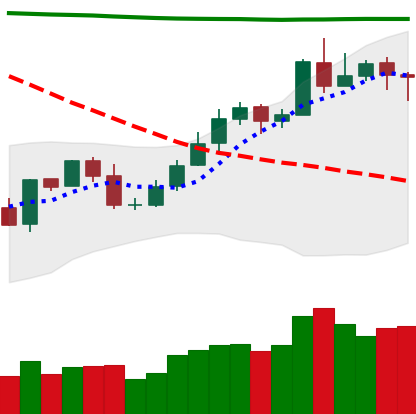
Ticker: NEO-USD
Chart end date: 2020-05-04
Forward return: 21.919%
Label: up_7plus